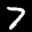
Label: 7